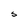
Character: S